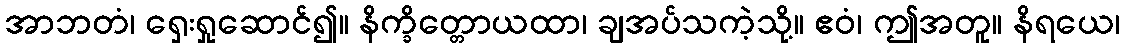
အာဘတံ၊ ရှေးရှုဆောင်၍။ နိက္ခိတ္တောယထာ၊ ချအပ်သကဲ့သို့။ ဧဝံ၊ ဤအတူ။ နိရယေ၊